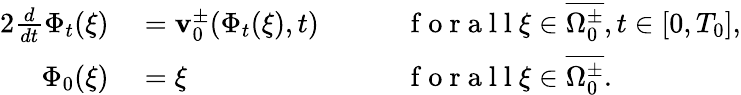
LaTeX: \begin{array}{rlrl}{{2}\frac{d}{dt}\Phi_{t}(\xi)}&{{}=\mathbf{v}_{0}^{\pm}(\Phi_{t}(\xi),t)}&{\quad}&{{}\mathrm{~f~o~r~a~l~l~}\xi\in\overline{{\Omega_{0}^{\pm}}},t\in[0,T_{0}],}\\ {\Phi_{0}(\xi)}&{{}=\xi}&{\quad}&{{}\mathrm{~f~o~r~a~l~l~}\xi\in\overline{{\Omega_{0}^{\pm}}}.}\end{array}